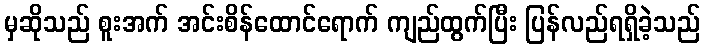
မှဆိုသည် စူးအက် အင်းစိန်ထောင်ရောက် ကျည်ထွက်ပြီး ပြန်လည်ရရှိခဲ့သည်